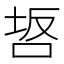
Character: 𭇸